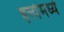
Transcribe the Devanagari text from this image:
हत्त्येमध्ये